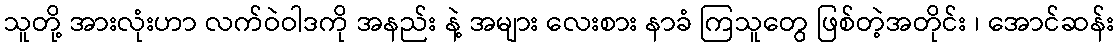
သူတို့ အားလုံးဟာ လက်ဝဲဝါဒကို အနည်း နဲ့ အများ လေးစား နာခံ ကြသူတွေ ဖြစ်တဲ့အတိုင်း ၊ အောင်ဆန်း